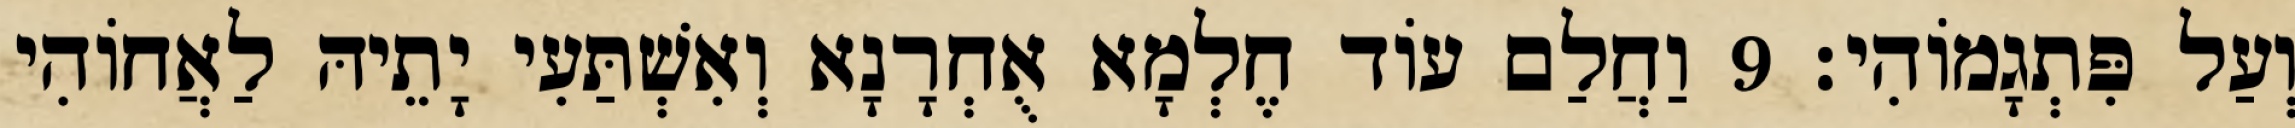
וְעַל פִּתְגָמוֹהִי׃ 9 וַחֲלַם עוֹד חֶלְמָא אֻחְרָנָא וְאִשְׁתַּעִי יָתֵיהּ לַאֲחוֹהִי